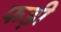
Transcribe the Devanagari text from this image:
फड़ी